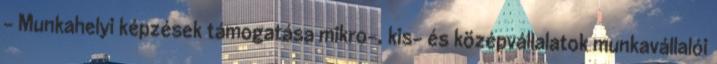
- Munkahelyi képzések támogatása mikro-, kis- és középvállalatok munkavállalói